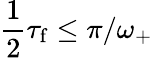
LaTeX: \frac{1}{2}\tau_{\mathrm{f}}\leq\pi/\omega_{+}